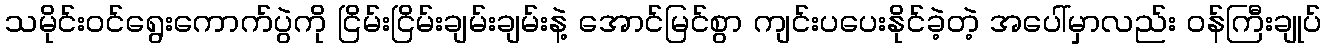
သမိုင်းဝင်ရွေးကောက်ပွဲကို ငြိမ်းငြိမ်းချမ်းချမ်းနဲ့ အောင်မြင်စွာ ကျင်းပပေးနိုင်ခဲ့တဲ့ အပေါ်မှာလည်း ဝန်ကြီးချုပ်